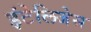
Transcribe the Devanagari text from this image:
इंटेलिजेस